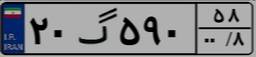
۲۰گ۵۹۰۵۸